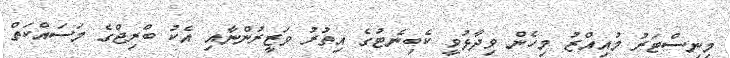
މިނިސްޓަރު މުއިއްޒު މިހެން ވިދާޅުވީ ކެބިނެޓުގެ އިތުރު ވަޒީރުންނާއި އެކު ބްރިޖްގެ މަސައްކަތް